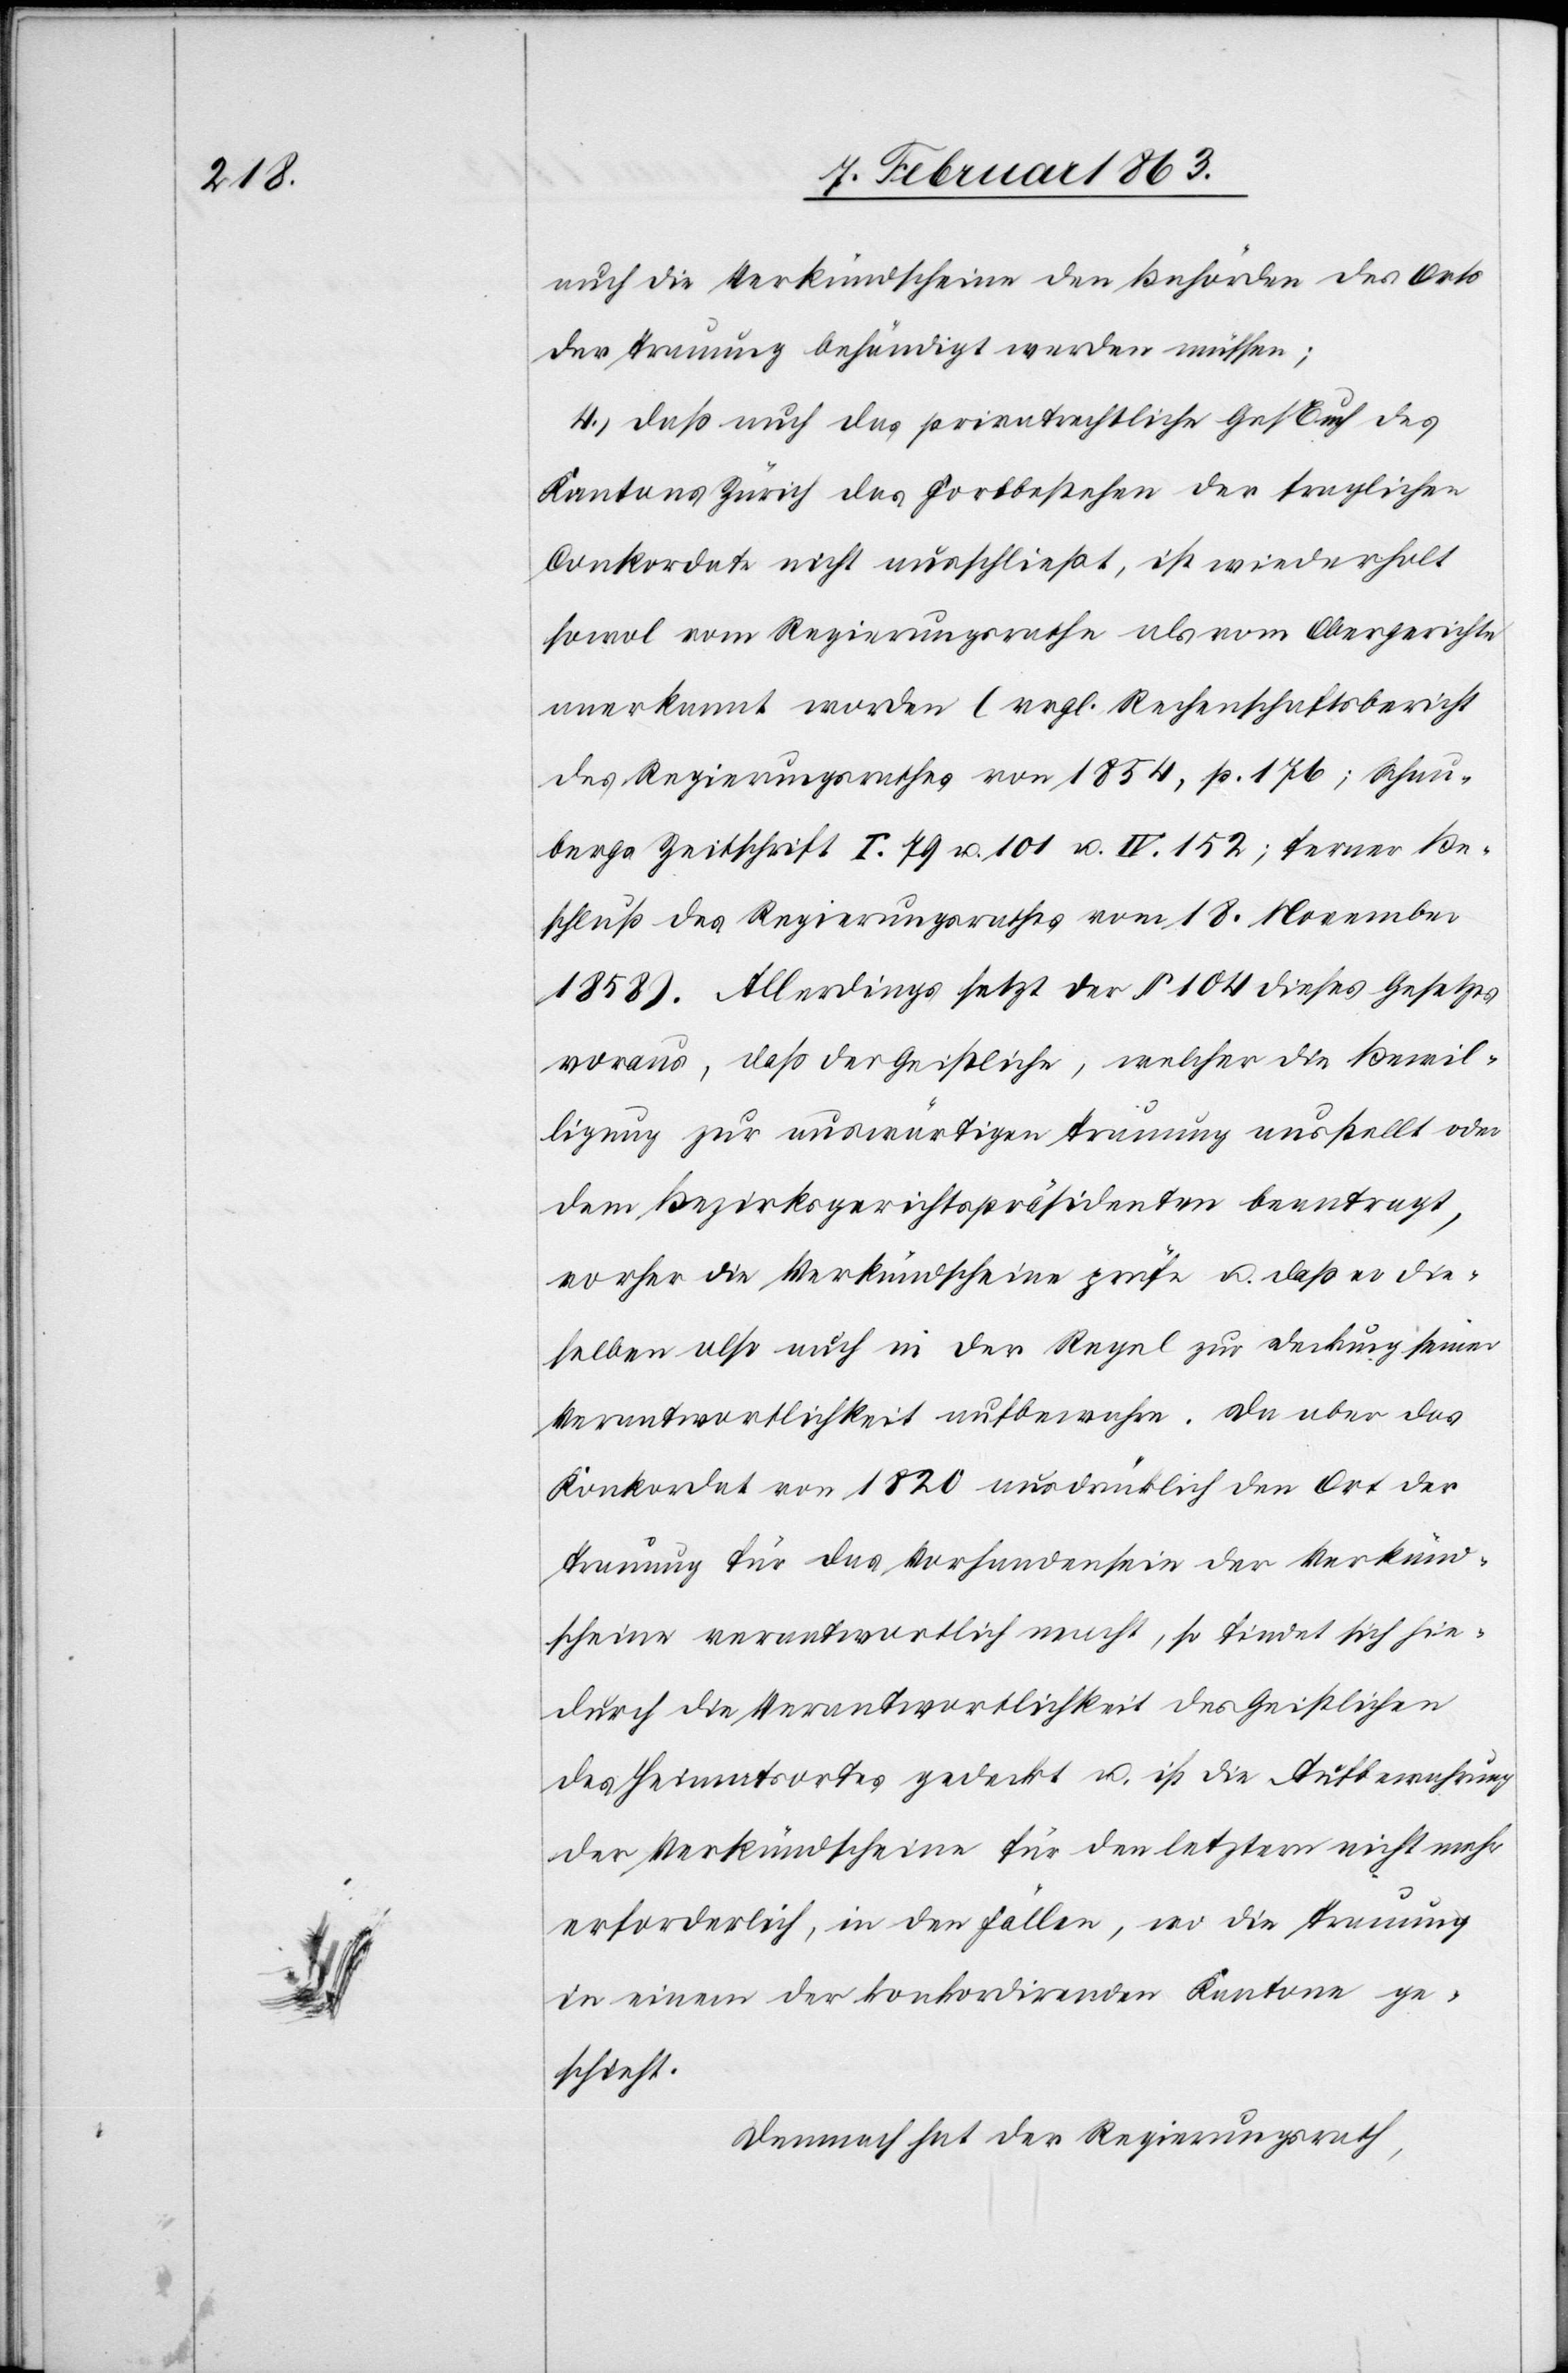
auch die Verkündscheine den Behörden des Orts
der Trauung behändigt werden müssen;
4. Daß auch das privatrechtliche Ges Buch des
Kantons Zürich das Fortbestehen der fraglichen
Conkordate nicht ausschließt, ist wiederholt
sowol vom Regierungsrathe als vom Obergerichte
anerkannt worden (vrgl. Rechenschaftsbericht
des Regierungsrathes von 1854, p. 176; Schau¬
bergs Zeitschrift I. 79 u. 101 u. IV. 152; ferner Be¬
schluß des Regierungsrathes vom 18. November
1858). Allerdings setzt der § 104 dieses Gesetzes
voraus, daß der Geistliche, welcher die Bewil¬
ligung zur auswärtigen Trauung ausstellt oder
dem Bezirksgerichtspräsidenten beantragt,
vorher die Verkündscheine prüfe u. daß er die¬
selben also auch in der Regel zur Deckung seiner
Verantwortlichkeit aufbewahre. Da aber das
Konkordat von 1820 ausdrücklich den Ort der
Trauung für das Vorhandensein der Verkünd¬
scheine verantwortlich macht, so findet sich hie¬
durch die Verantwortlichkeit des Geistlichen
des Heimatsortes gedeckt u. ist die Aufbewahrung
der Verkündscheine für den letztern nicht mehr
erforderlich, in den Fällen, wo die Trauung
in einem der konkordirenden Kantone ge¬
schieht.
Demnach hat der Regierungsrath,